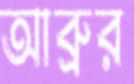
আব্রুর